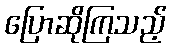
ပြောဆိုကြသည့်